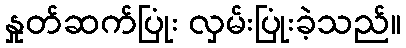
နှုတ်ဆက်ပြုံး လှမ်းပြုံးခဲ့သည်။